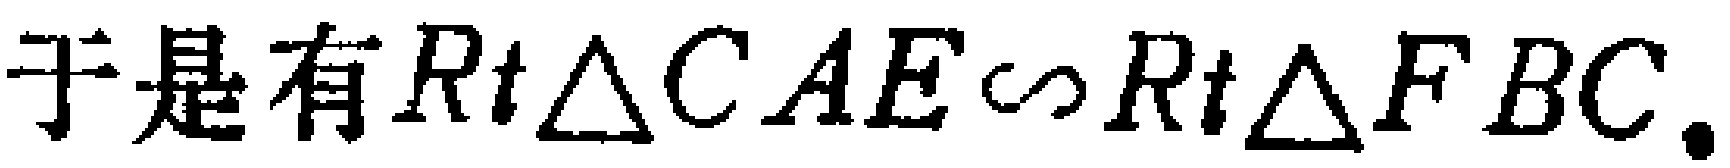
于是有$Rt\triangle CAE\sim Rt\triangle FBC.$